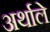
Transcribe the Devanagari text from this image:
अर्थाले